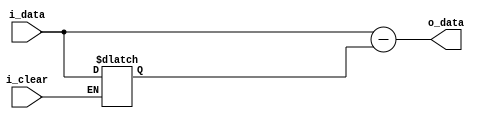
module FND_Data(
    input [13:0] i_data,
    input i_clear,
    output [13:0] o_data
    );

    reg [13:0] r_data = 0;
    reg [13:0] r_prev_data = 0;

    assign o_data = r_data;

    always @(*) begin
        if (i_clear) begin
            r_prev_data <= i_data;
        end
        r_data <= i_data - r_prev_data;
    end
endmodule